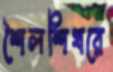
শৈলশিখরে